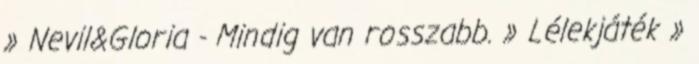
» Nevil&Gloria - Mindig van rosszabb. » Lélekjáték »